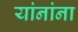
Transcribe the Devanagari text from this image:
यांनांना